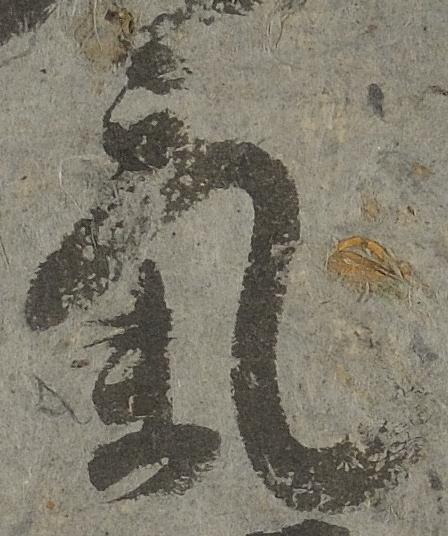
気